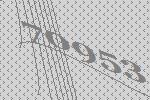
70953